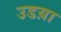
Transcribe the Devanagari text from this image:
उडय़ा